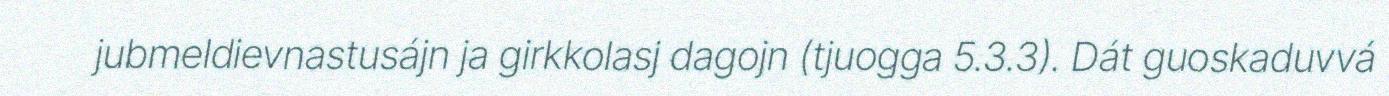
jubmeldievnastusájn ja girkkolasj dagojn (tjuogga 5.3.3). Dát guoskaduvvá